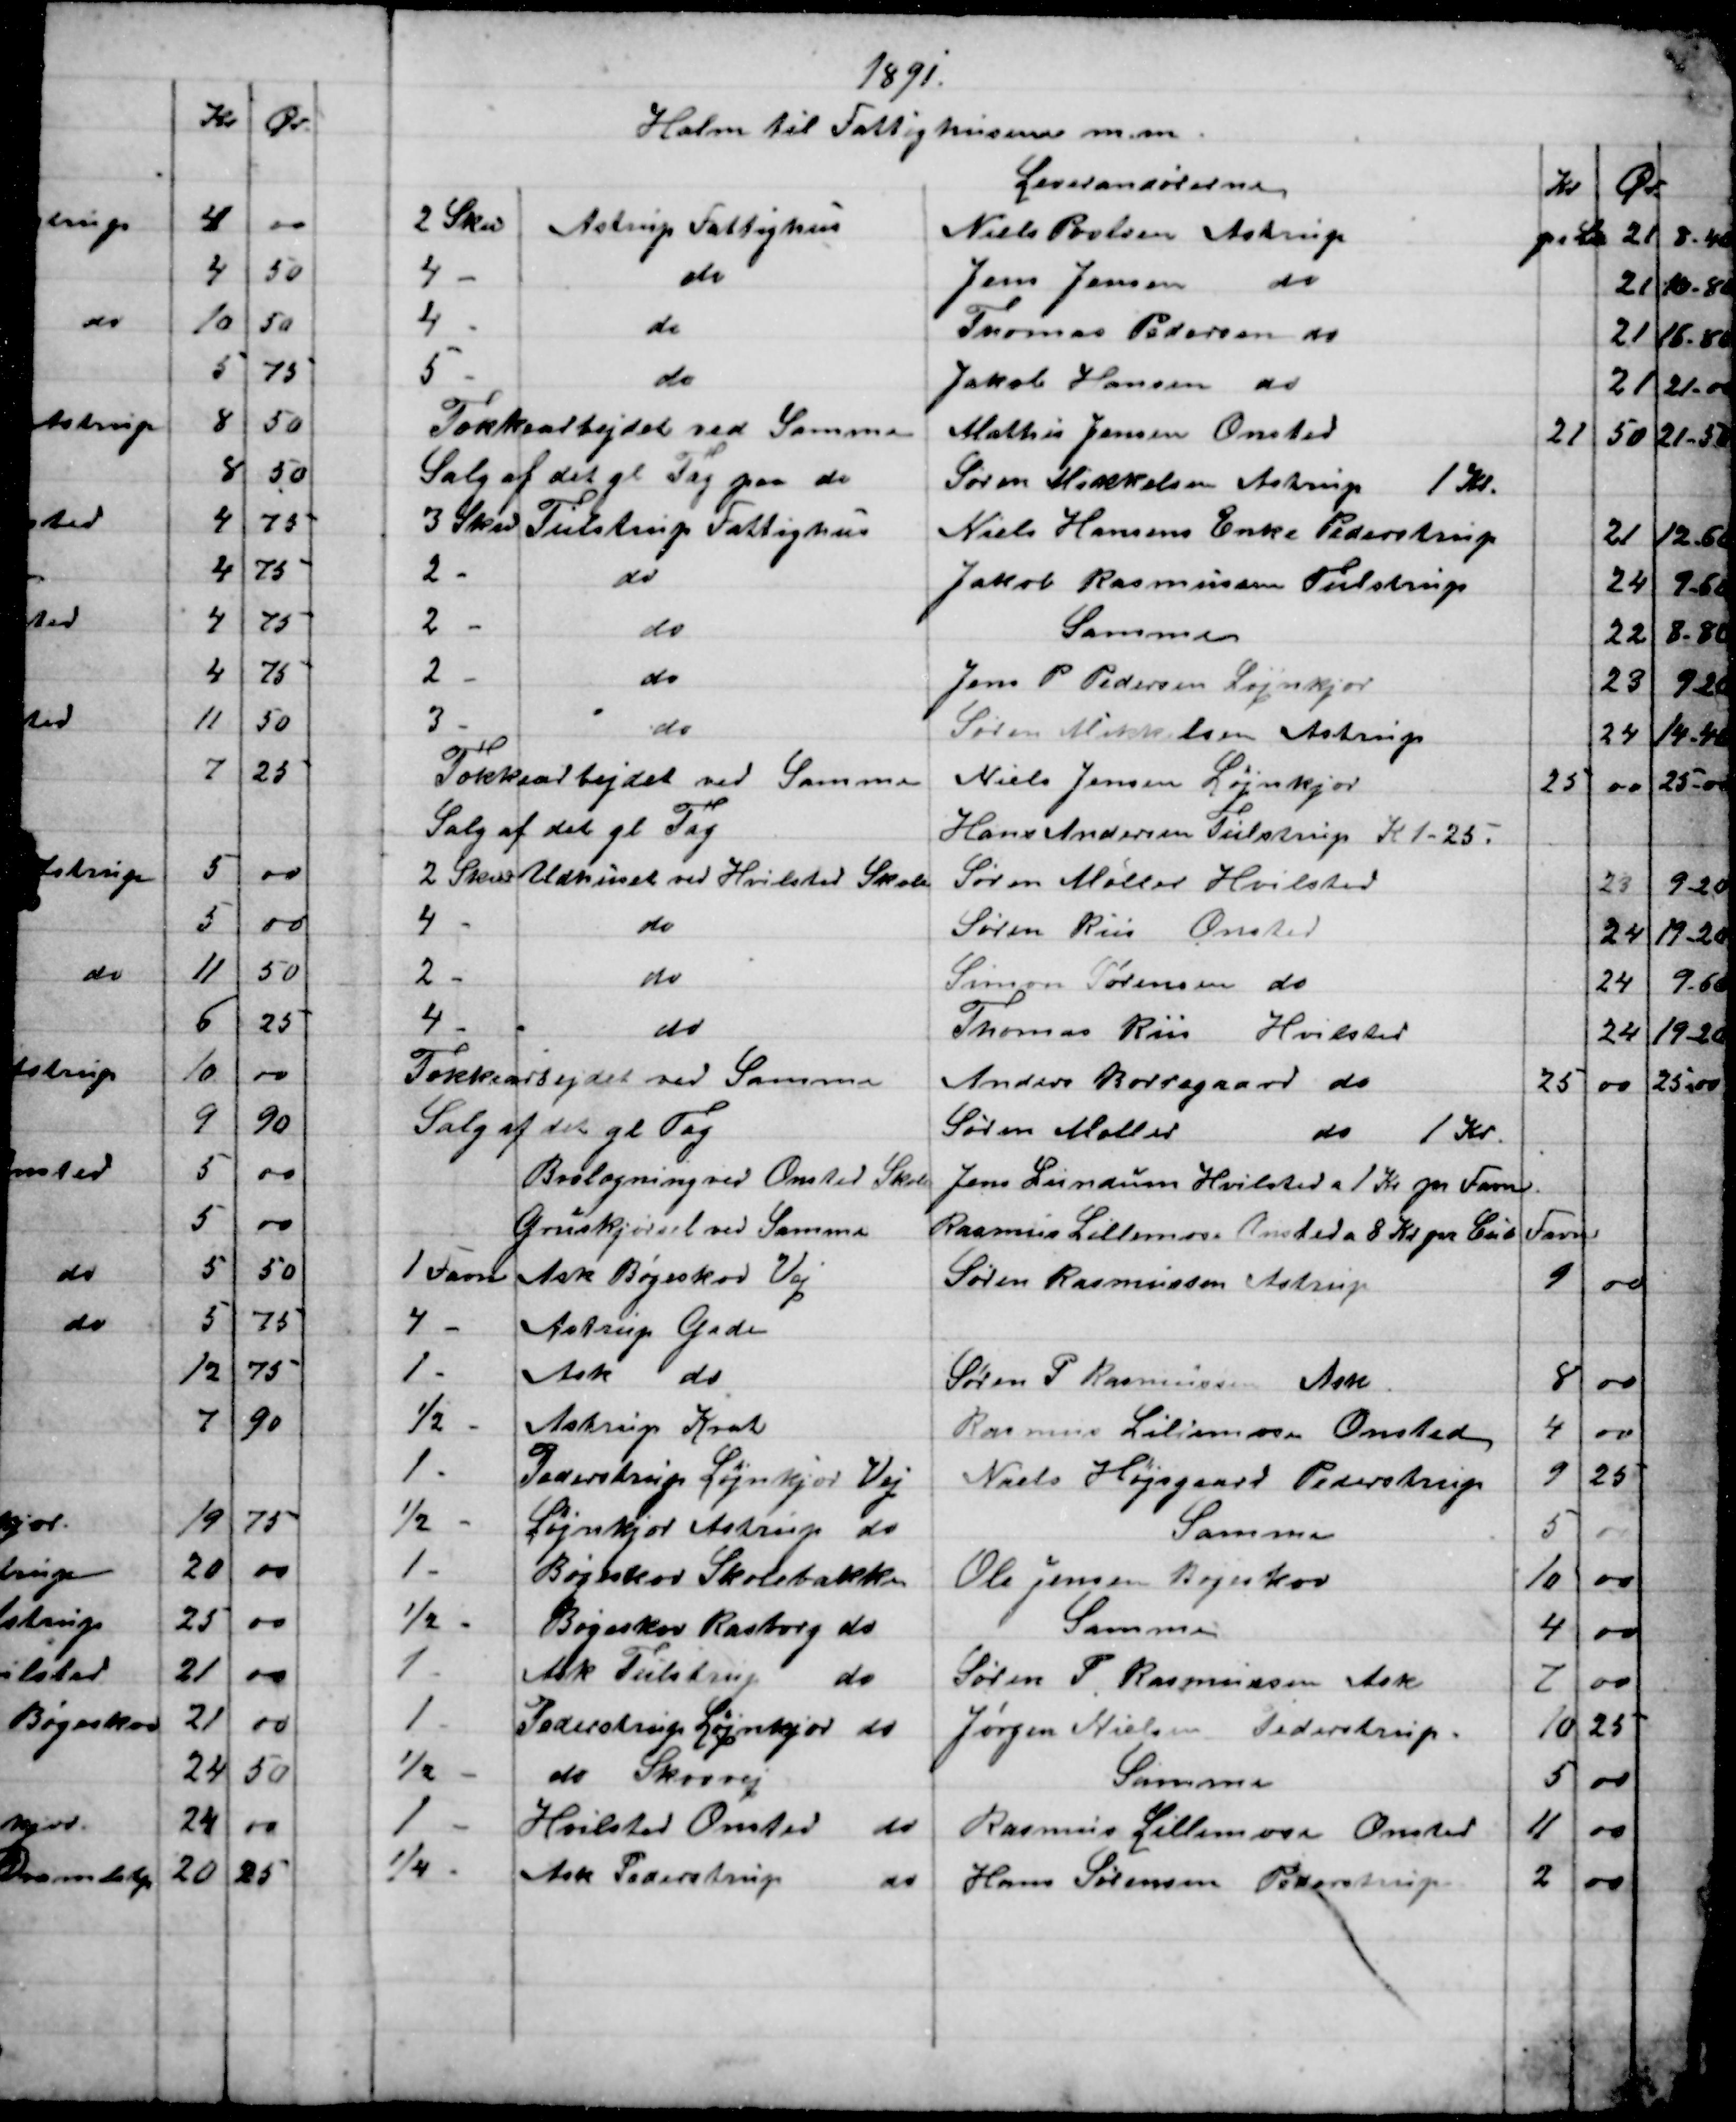
Transskription:
1891.
Halm til Fattighusene m. m.
Leverandørerne
Kr
Ør.
2 Sk℔
Astrup Fattighus
Niels Povlsen Astrup
pr L℔
21
8-40
4 -
do
Jens Jensen 
do
21
10-80
4 -
do
Thomas Pedersen do
21
16 -80
5 -
do
Jakob Hansen do
21
21-00
Tækkearbejdet ved Samme
Mathis Jensen Onsted
21
50
21-50
Salg af det gl Tag paa do
Søren Mikkelsen Astrup 1 Kr.
3 Sk℔
Tulstrup Fattighus
Niels Hansens Enke Pederstrup
21
12-60
2 -
do
Jakob Rasmussen Tulstrup
24
9-60
2 -
do
Samme
22
8.80
2 -
do
Jens P Pedersen Løjnkjær
23
9.20
3 -
do
Søren Mikkelsen Astrup
24
14-40
Tækkearbejdet ved Samme
Niels Jensen Løjnkjær
25
00
25-00
Salg af det gl. Tag
Hans Andersen Tulstrup K 1-25.
2 Sk℔
Udhuset ved Hvilsted Skole
Søren Møller Hvilsted
23
9-20
4 -
do
Søren Riis Onsted
24
19-20
2 -
do
Simon Sørensen do
24
9-60
4 -
do
Thomas Riis Hvilsted
24
19-20
Tækkearbejdet ved Samme
Anders Borregaard do
25
00
25-00
Salg af det gl Tag
Søren Møller
do 
1 Kr.
Brolægning ved Onsted Skole
Jens Lundum Hvilsted a 1 Kr pr Favn
Gruskjørsel ved Samme
Rasmus Lillemose Onsted a 8 Kr pr Cub Favn
1 Favn
Ask Bøgeskov Vej
Søren Rasmussen Astrup
9
00
4 -
Astrup Gade
1 -
Ask do
Søren P Rasmussen Ask
8
00
½ -
Astrup Krat
Rasmus Liliemose Onsted
4
00
1 -
Pederstrup Løjnkjær Vej
Niels Højsgaard Pederstrup
9
25
½ -
Løjnkjær Astrup  do
Samme
5
00
1 -
Bøgeskov Skolebakke
Ole Jensen Bøgeskov
10
00
½ -
Bøgeskov Rasborg do
Samme
4
00
1 -
Ask Tulstrup do
Søren P. Rasmussen Ask
7
00
1 -
Pederstrup Løjnkjær do
Jørgen Nielsen Pederstrup.
10
25
½ -
do Skovvej
Samme
5
00
1 -
Hvilsted Onsted do
Rasmus Lillemose Onsted
11
00
¼ -
Ask Pederstrup 
do
Hans Sørensen Pederstrup
2
00